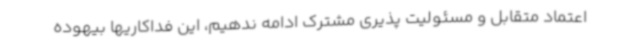
اعتماد متقابل و مسئولیت پذیری مشترک ادامه ندهیم، این فداکاریها بیهوده